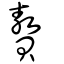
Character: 贅